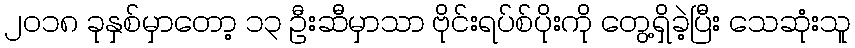
၂၀၁၈ ခုနှစ်မှာတော့ ၁၃ ဦးဆီမှာသာ ဗိုင်းရပ်စ်ပိုးကို တွေ့ရှိခဲ့ပြီး သေဆုံးသူ